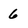
Character: 6